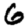
Digit: 6